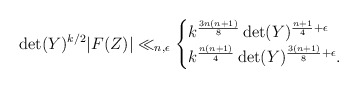
\begin{align*} \det(Y)^{k/2} |F(Z)| \ll_{n,\epsilon}\begin{cases} k^{\frac{3n(n+1)}{8}} \det(Y)^{\frac{n+1}{4}+\epsilon}\\ k^{\frac{n(n+1)}{4}} \det(Y)^{\frac{3(n+1)}{8}+\epsilon}.\end{cases}\end{align*}